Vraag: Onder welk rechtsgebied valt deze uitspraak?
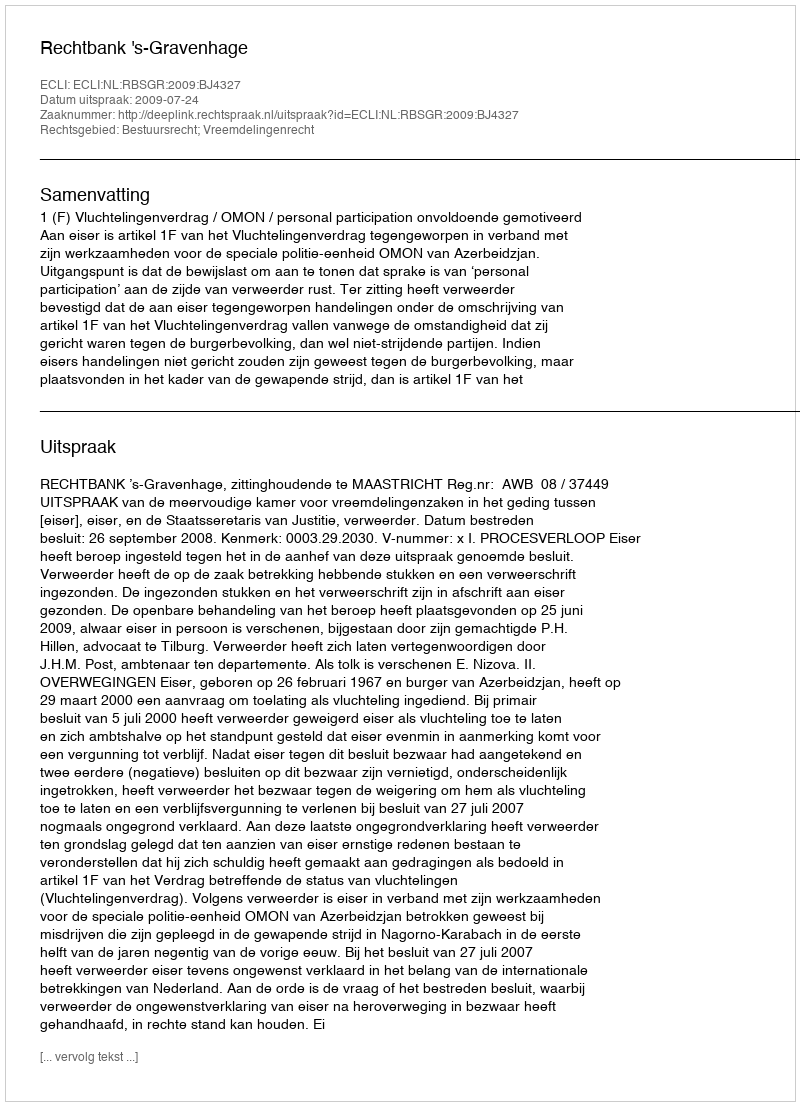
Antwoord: Bestuursrecht; Vreemdelingenrecht